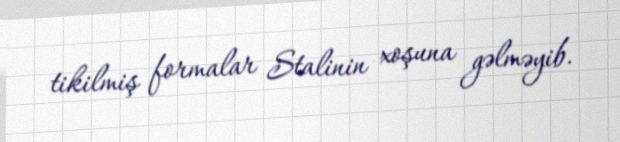
tikilmiş formalar Stalinin xoşuna gəlməyib.